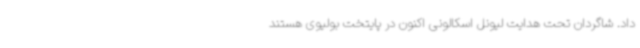
داد. شاگردان تحت هدایت لیونل اسکالونی اکنون در پایتخت بولیوی هستند